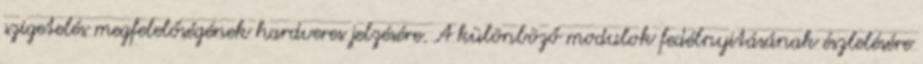
szigetelés megfelelőségének hardveres jelzésére. A különböző modulok fedélnyitásának észlelésére